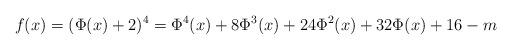
LaTeX: \begin{align*}f(x)=(\Phi(x)+2)^4=\Phi^4(x)+8\Phi^3(x)+24\Phi^2(x)+32\Phi(x)+16-m\end{align*}